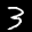
Label: 3